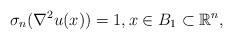
LaTeX: \begin{align*}\sigma_{n}(\nabla^{2}u(x))=1,x\in B_{1}\subset\mathbb{R}^{n},\end{align*}